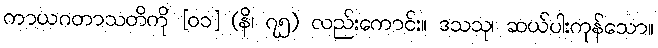
ကာယဂတာသတိကို [၀၁] (နိ၊ ၇၅) လည်းကောင်း။ ဒသသု၊ ဆယ်ပါးကုန်သော။